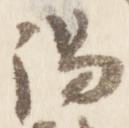
陽